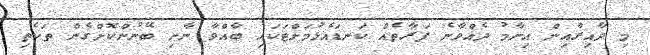
މި ދާއިރާއިން އިނާމު ދެއްވާނެ ފަރާތެއް ކަނޑައެޅުމަށްޓަކައި ބާއްވާ ނާށި ބޭނުންކޮށްގެން ތަކެތި